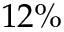
1 2 \%